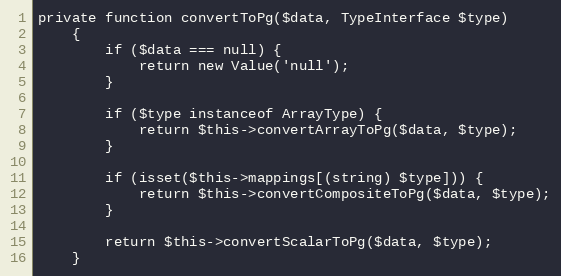
Language: PHP
private function convertToPg($data, TypeInterface $type)
    {
        if ($data === null) {
            return new Value('null');
        }

        if ($type instanceof ArrayType) {
            return $this->convertArrayToPg($data, $type);
        }

        if (isset($this->mappings[(string) $type])) {
            return $this->convertCompositeToPg($data, $type);
        }

        return $this->convertScalarToPg($data, $type);
    }